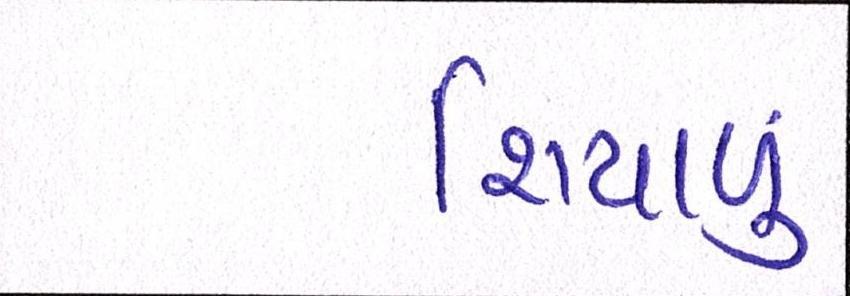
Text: શિયાળુ